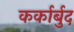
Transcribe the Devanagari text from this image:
कर्कार्बुद